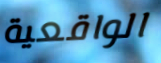
الواقعية